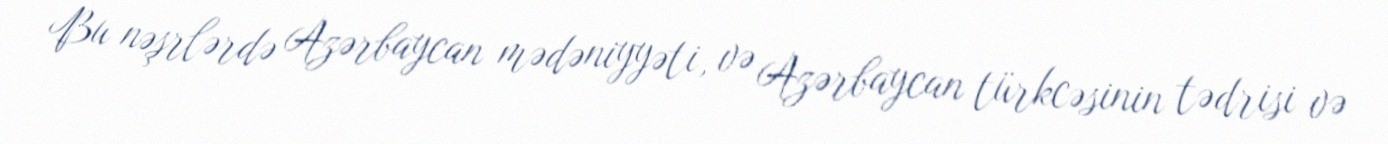
Bu nəşrlərdə Azərbaycan mədəniyyəti, və Azərbaycan türkcəsinin tədrisi və